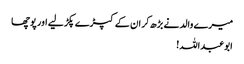
میرے والد نے بڑھ کر ان کے کپڑے پکڑ لیے اور پوچھا
ابوعبداللہ!